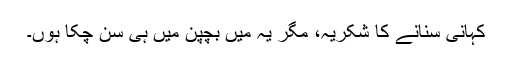
کہانی سنانے کا شکریہ، مگر یہ میں بچپن میں ہی سن چکا ہوں۔